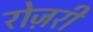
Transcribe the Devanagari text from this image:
रोज़री